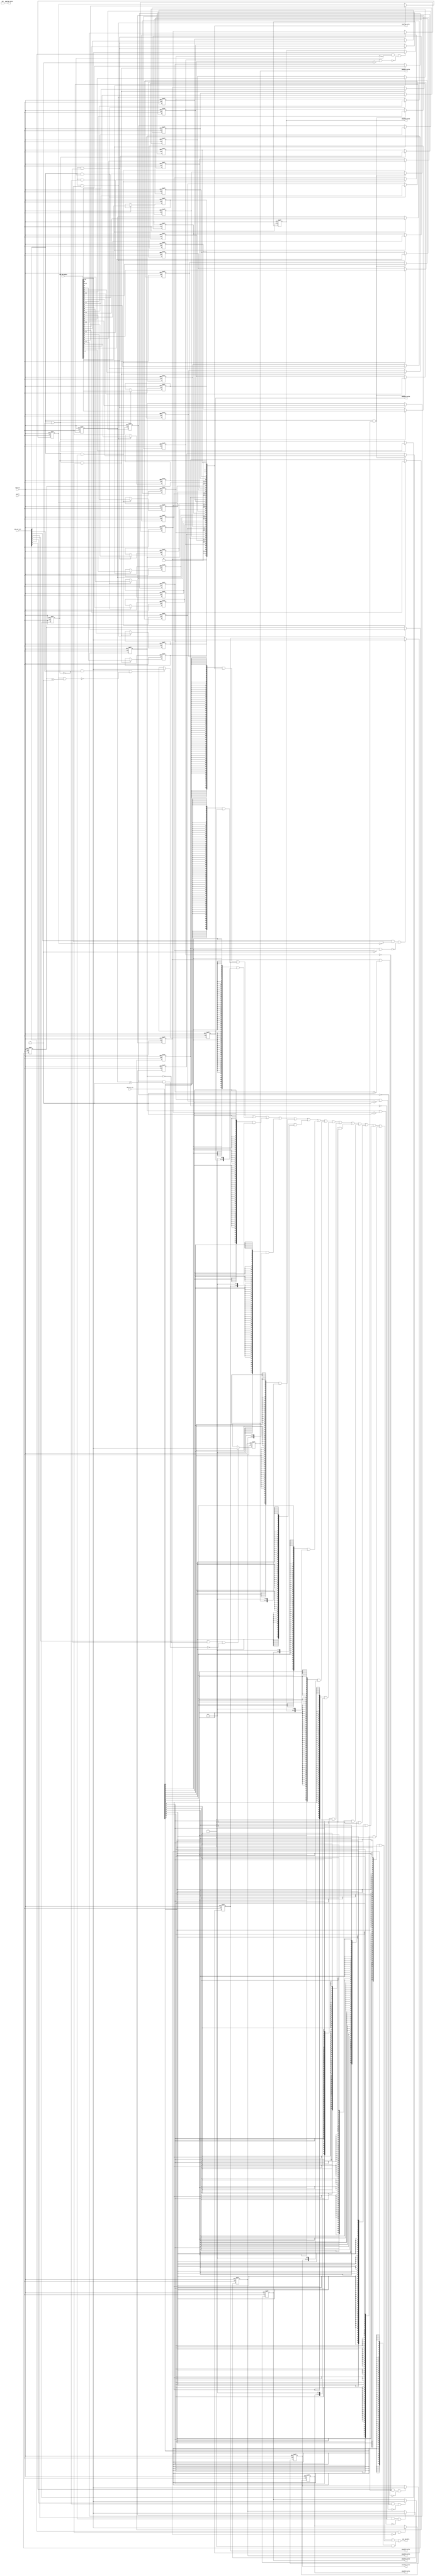
// This program was cloned from: https://github.com/T-head-Semi/openc910
// License: Apache License 2.0

/*Copyright 2019-2021 T-Head Semiconductor Co., Ltd.

Licensed under the Apache License, Version 2.0 (the "License");
you may not use this file except in compliance with the License.
You may obtain a copy of the License at

    http://www.apache.org/licenses/LICENSE-2.0

Unless required by applicable law or agreed to in writing, software
distributed under the License is distributed on an "AS IS" BASIS,
WITHOUT WARRANTIES OR CONDITIONS OF ANY KIND, either express or implied.
See the License for the specific language governing permissions and
limitations under the License.
*/
module ct_pmp_regs(
  cp0_pmp_wdata,
  cpuclk,
  cpurst_b,
  pmp_cp0_data,
  pmp_csr_sel,
  pmp_csr_wen,
  pmpaddr0_value,
  pmpaddr1_value,
  pmpaddr2_value,
  pmpaddr3_value,
  pmpaddr4_value,
  pmpaddr5_value,
  pmpaddr6_value,
  pmpaddr7_value,
  pmpcfg0_value,
  pmpcfg2_value
);

// &Ports; @24
input   [63:0]  cp0_pmp_wdata;      
input           cpuclk;             
input           cpurst_b;           
input   [17:0]  pmp_csr_sel;        
input   [17:0]  pmp_csr_wen;        
output  [63:0]  pmp_cp0_data;       
output  [28:0]  pmpaddr0_value;     
output  [28:0]  pmpaddr1_value;     
output  [28:0]  pmpaddr2_value;     
output  [28:0]  pmpaddr3_value;     
output  [28:0]  pmpaddr4_value;     
output  [28:0]  pmpaddr5_value;     
output  [28:0]  pmpaddr6_value;     
output  [28:0]  pmpaddr7_value;     
output  [63:0]  pmpcfg0_value;      
output  [63:0]  pmpcfg2_value;      

// &Regs; @25
reg     [1 :0]  pmp0cfg_addr_mode;  
reg             pmp0cfg_executeable; 
reg             pmp0cfg_lock;       
reg             pmp0cfg_readable;   
reg             pmp0cfg_writable;   
reg     [1 :0]  pmp1cfg_addr_mode;  
reg             pmp1cfg_executeable; 
reg             pmp1cfg_lock;       
reg             pmp1cfg_readable;   
reg             pmp1cfg_writable;   
reg     [1 :0]  pmp2cfg_addr_mode;  
reg             pmp2cfg_executeable; 
reg             pmp2cfg_lock;       
reg             pmp2cfg_readable;   
reg             pmp2cfg_writable;   
reg     [1 :0]  pmp3cfg_addr_mode;  
reg             pmp3cfg_executeable; 
reg             pmp3cfg_lock;       
reg             pmp3cfg_readable;   
reg             pmp3cfg_writable;   
reg     [1 :0]  pmp4cfg_addr_mode;  
reg             pmp4cfg_executeable; 
reg             pmp4cfg_lock;       
reg             pmp4cfg_readable;   
reg             pmp4cfg_writable;   
reg     [1 :0]  pmp5cfg_addr_mode;  
reg             pmp5cfg_executeable; 
reg             pmp5cfg_lock;       
reg             pmp5cfg_readable;   
reg             pmp5cfg_writable;   
reg     [1 :0]  pmp6cfg_addr_mode;  
reg             pmp6cfg_executeable; 
reg             pmp6cfg_lock;       
reg             pmp6cfg_readable;   
reg             pmp6cfg_writable;   
reg     [1 :0]  pmp7cfg_addr_mode;  
reg             pmp7cfg_executeable; 
reg             pmp7cfg_lock;       
reg             pmp7cfg_readable;   
reg             pmp7cfg_writable;   
reg     [28:0]  pmpaddr0_value;     
reg     [28:0]  pmpaddr1_value;     
reg     [28:0]  pmpaddr2_value;     
reg     [28:0]  pmpaddr3_value;     
reg     [28:0]  pmpaddr4_value;     
reg     [28:0]  pmpaddr5_value;     
reg     [28:0]  pmpaddr6_value;     
reg     [28:0]  pmpaddr7_value;     

// &Wires; @26
wire    [63:0]  cp0_pmp_wdata;      
wire            cpuclk;             
wire            cpurst_b;           
wire    [63:0]  pmp_cp0_data;       
wire    [17:0]  pmp_csr_sel;        
wire    [17:0]  pmp_csr_wen;        
wire            pmp_updt_pmp0cfg;   
wire            pmp_updt_pmp1cfg;   
wire            pmp_updt_pmp2cfg;   
wire            pmp_updt_pmp3cfg;   
wire            pmp_updt_pmp4cfg;   
wire            pmp_updt_pmp5cfg;   
wire            pmp_updt_pmp6cfg;   
wire            pmp_updt_pmp7cfg;   
wire            pmp_updt_pmpaddr0;  
wire            pmp_updt_pmpaddr1;  
wire            pmp_updt_pmpaddr2;  
wire            pmp_updt_pmpaddr3;  
wire            pmp_updt_pmpaddr4;  
wire            pmp_updt_pmpaddr5;  
wire            pmp_updt_pmpaddr6;  
wire            pmp_updt_pmpaddr7;  
wire    [28:0]  pmpaddr10_value;    
wire    [28:0]  pmpaddr11_value;    
wire    [28:0]  pmpaddr12_value;    
wire    [28:0]  pmpaddr13_value;    
wire    [28:0]  pmpaddr14_value;    
wire    [28:0]  pmpaddr15_value;    
wire    [28:0]  pmpaddr8_value;     
wire    [28:0]  pmpaddr9_value;     
wire    [63:0]  pmpcfg0_value;      
wire    [63:0]  pmpcfg2_value;      


parameter ADDR_WIDTH = 28+1;

// &Force("bus", "pmp_csr_wen", 17, 0); @30
//==========================================================
//                PMP Entry Configuration Register
//==========================================================
//------------------------------------------------
//pmpcfg0 register
//------------------------------------------------
assign pmp_updt_pmp0cfg = pmp_csr_wen[0] && !pmp0cfg_lock;
always @(posedge cpuclk or negedge cpurst_b)
begin
  if(!cpurst_b)
  begin
    pmp0cfg_readable       <= 1'b0;
    pmp0cfg_writable       <= 1'b0;
    pmp0cfg_executeable    <= 1'b0;
    pmp0cfg_addr_mode[1:0] <= 2'b0;
    pmp0cfg_lock           <= 1'b0;
  end
  else if(pmp_updt_pmp0cfg)
  begin
    pmp0cfg_readable       <= cp0_pmp_wdata[0];
    pmp0cfg_writable       <= cp0_pmp_wdata[1];
    pmp0cfg_executeable    <= cp0_pmp_wdata[2];
    pmp0cfg_addr_mode[1:0] <= cp0_pmp_wdata[4:3];
    pmp0cfg_lock           <= cp0_pmp_wdata[7];
  end
  else
  begin
    pmp0cfg_readable       <= pmp0cfg_readable;     
    pmp0cfg_writable       <= pmp0cfg_writable;     
    pmp0cfg_executeable    <= pmp0cfg_executeable;     
    pmp0cfg_addr_mode[1:0] <= pmp0cfg_addr_mode[1:0];
    pmp0cfg_lock           <= pmp0cfg_lock;     
  end
end

assign pmp_updt_pmp1cfg = pmp_csr_wen[0] && !pmp1cfg_lock;
always @(posedge cpuclk or negedge cpurst_b)
begin
  if(!cpurst_b)
  begin
    pmp1cfg_readable       <= 1'b0;
    pmp1cfg_writable       <= 1'b0;
    pmp1cfg_executeable    <= 1'b0;
    pmp1cfg_addr_mode[1:0] <= 2'b0;
    pmp1cfg_lock           <= 1'b0;
  end
  else if(pmp_updt_pmp1cfg)
  begin
    pmp1cfg_readable       <= cp0_pmp_wdata[8];
    pmp1cfg_writable       <= cp0_pmp_wdata[9];
    pmp1cfg_executeable    <= cp0_pmp_wdata[10];
    pmp1cfg_addr_mode[1:0] <= cp0_pmp_wdata[12:11];
    pmp1cfg_lock           <= cp0_pmp_wdata[15];
  end
  else
  begin
    pmp1cfg_readable       <= pmp1cfg_readable;     
    pmp1cfg_writable       <= pmp1cfg_writable;     
    pmp1cfg_executeable    <= pmp1cfg_executeable;     
    pmp1cfg_addr_mode[1:0] <= pmp1cfg_addr_mode[1:0];
    pmp1cfg_lock           <= pmp1cfg_lock;     
  end
end

assign pmp_updt_pmp2cfg = pmp_csr_wen[0] && !pmp2cfg_lock;
always @(posedge cpuclk or negedge cpurst_b)
begin
  if(!cpurst_b)
  begin
    pmp2cfg_readable       <= 1'b0;
    pmp2cfg_writable       <= 1'b0;
    pmp2cfg_executeable    <= 1'b0;
    pmp2cfg_addr_mode[1:0] <= 2'b0;
    pmp2cfg_lock           <= 1'b0;
  end
  else if(pmp_updt_pmp2cfg)
  begin
    pmp2cfg_readable       <= cp0_pmp_wdata[16];
    pmp2cfg_writable       <= cp0_pmp_wdata[17];
    pmp2cfg_executeable    <= cp0_pmp_wdata[18];
    pmp2cfg_addr_mode[1:0] <= cp0_pmp_wdata[20:19];
    pmp2cfg_lock           <= cp0_pmp_wdata[23];
  end
  else
  begin
    pmp2cfg_readable       <= pmp2cfg_readable;     
    pmp2cfg_writable       <= pmp2cfg_writable;     
    pmp2cfg_executeable    <= pmp2cfg_executeable;     
    pmp2cfg_addr_mode[1:0] <= pmp2cfg_addr_mode[1:0];
    pmp2cfg_lock           <= pmp2cfg_lock;     
  end
end

assign pmp_updt_pmp3cfg = pmp_csr_wen[0] && !pmp3cfg_lock;
always @(posedge cpuclk or negedge cpurst_b)
begin
  if(!cpurst_b)
  begin
    pmp3cfg_readable       <= 1'b0;
    pmp3cfg_writable       <= 1'b0;
    pmp3cfg_executeable    <= 1'b0;
    pmp3cfg_addr_mode[1:0] <= 2'b0;
    pmp3cfg_lock           <= 1'b0;
  end
  else if(pmp_updt_pmp3cfg)
  begin
    pmp3cfg_readable       <= cp0_pmp_wdata[24];
    pmp3cfg_writable       <= cp0_pmp_wdata[25];
    pmp3cfg_executeable    <= cp0_pmp_wdata[26];
    pmp3cfg_addr_mode[1:0] <= cp0_pmp_wdata[28:27];
    pmp3cfg_lock           <= cp0_pmp_wdata[31];
  end
  else
  begin
    pmp3cfg_readable       <= pmp3cfg_readable;     
    pmp3cfg_writable       <= pmp3cfg_writable;     
    pmp3cfg_executeable    <= pmp3cfg_executeable;     
    pmp3cfg_addr_mode[1:0] <= pmp3cfg_addr_mode[1:0];
    pmp3cfg_lock           <= pmp3cfg_lock;     
  end
end

assign pmp_updt_pmp4cfg = pmp_csr_wen[0] && !pmp4cfg_lock;
always @(posedge cpuclk or negedge cpurst_b)
begin
  if(!cpurst_b)
  begin
    pmp4cfg_readable       <= 1'b0;
    pmp4cfg_writable       <= 1'b0;
    pmp4cfg_executeable    <= 1'b0;
    pmp4cfg_addr_mode[1:0] <= 2'b0;
    pmp4cfg_lock           <= 1'b0;
  end
  else if(pmp_updt_pmp4cfg)
  begin
    pmp4cfg_readable        <= cp0_pmp_wdata[32];
    pmp4cfg_writable        <= cp0_pmp_wdata[33];
    pmp4cfg_executeable     <= cp0_pmp_wdata[34];
    pmp4cfg_addr_mode[1:0]  <= cp0_pmp_wdata[36:35];
    pmp4cfg_lock            <= cp0_pmp_wdata[39];
  end
  else
  begin
    pmp4cfg_readable       <= pmp4cfg_readable;     
    pmp4cfg_writable       <= pmp4cfg_writable;     
    pmp4cfg_executeable    <= pmp4cfg_executeable;     
    pmp4cfg_addr_mode[1:0] <= pmp4cfg_addr_mode[1:0];
    pmp4cfg_lock           <= pmp4cfg_lock;     
  end
end

assign pmp_updt_pmp5cfg = pmp_csr_wen[0] && !pmp5cfg_lock;
always @(posedge cpuclk or negedge cpurst_b)
begin
  if(!cpurst_b)
  begin
    pmp5cfg_readable       <= 1'b0;
    pmp5cfg_writable       <= 1'b0;
    pmp5cfg_executeable    <= 1'b0;
    pmp5cfg_addr_mode[1:0] <= 2'b0;
    pmp5cfg_lock           <= 1'b0;
  end
  else if(pmp_updt_pmp5cfg)
  begin
    pmp5cfg_readable       <= cp0_pmp_wdata[40];
    pmp5cfg_writable       <= cp0_pmp_wdata[41];
    pmp5cfg_executeable    <= cp0_pmp_wdata[42];
    pmp5cfg_addr_mode[1:0] <= cp0_pmp_wdata[44:43];
    pmp5cfg_lock           <= cp0_pmp_wdata[47];
  end
  else
  begin
    pmp5cfg_readable       <= pmp5cfg_readable;     
    pmp5cfg_writable       <= pmp5cfg_writable;     
    pmp5cfg_executeable    <= pmp5cfg_executeable;     
    pmp5cfg_addr_mode[1:0] <= pmp5cfg_addr_mode[1:0];
    pmp5cfg_lock           <= pmp5cfg_lock;     
  end
end

assign pmp_updt_pmp6cfg = pmp_csr_wen[0] && !pmp6cfg_lock;
always @(posedge cpuclk or negedge cpurst_b)
begin
  if(!cpurst_b)
  begin
    pmp6cfg_readable       <= 1'b0;
    pmp6cfg_writable       <= 1'b0;
    pmp6cfg_executeable    <= 1'b0;
    pmp6cfg_addr_mode[1:0] <= 2'b0;
    pmp6cfg_lock           <= 1'b0;
  end
  else if(pmp_updt_pmp6cfg)
  begin
    pmp6cfg_readable       <= cp0_pmp_wdata[48];
    pmp6cfg_writable       <= cp0_pmp_wdata[49];
    pmp6cfg_executeable    <= cp0_pmp_wdata[50];
    pmp6cfg_addr_mode[1:0] <= cp0_pmp_wdata[52:51];
    pmp6cfg_lock           <= cp0_pmp_wdata[55];
  end
  else
  begin
    pmp6cfg_readable       <= pmp6cfg_readable;     
    pmp6cfg_writable       <= pmp6cfg_writable;     
    pmp6cfg_executeable    <= pmp6cfg_executeable;     
    pmp6cfg_addr_mode[1:0] <= pmp6cfg_addr_mode[1:0];
    pmp6cfg_lock           <= pmp6cfg_lock;     
  end
end

assign pmp_updt_pmp7cfg = pmp_csr_wen[0] && !pmp7cfg_lock;
always @(posedge cpuclk or negedge cpurst_b)
begin
  if(!cpurst_b)
  begin
    pmp7cfg_readable       <= 1'b0;
    pmp7cfg_writable       <= 1'b0;
    pmp7cfg_executeable    <= 1'b0;
    pmp7cfg_addr_mode[1:0] <= 2'b0;
    pmp7cfg_lock           <= 1'b0;
  end
  else if(pmp_updt_pmp7cfg)
  begin
    pmp7cfg_readable       <= cp0_pmp_wdata[56];
    pmp7cfg_writable       <= cp0_pmp_wdata[57];
    pmp7cfg_executeable    <= cp0_pmp_wdata[58];
    pmp7cfg_addr_mode[1:0] <= cp0_pmp_wdata[60:59];
    pmp7cfg_lock           <= cp0_pmp_wdata[63];
  end
  else
  begin
    pmp7cfg_readable       <= pmp7cfg_readable;     
    pmp7cfg_writable       <= pmp7cfg_writable;     
    pmp7cfg_executeable    <= pmp7cfg_executeable;     
    pmp7cfg_addr_mode[1:0] <= pmp7cfg_addr_mode[1:0];
    pmp7cfg_lock           <= pmp7cfg_lock;     
  end
end

//------------------------------------------------
//pmpcfg1 register
//------------------------------------------------

// &Force("output","pmpcfg0_value"); @506
// &Force("output","pmpcfg2_value"); @507
assign pmpcfg0_value[31:0] = {pmp3cfg_lock,2'b0,pmp3cfg_addr_mode[1:0],pmp3cfg_executeable,pmp3cfg_writable,pmp3cfg_readable,
                              pmp2cfg_lock,2'b0,pmp2cfg_addr_mode[1:0],pmp2cfg_executeable,pmp2cfg_writable,pmp2cfg_readable,
                              pmp1cfg_lock,2'b0,pmp1cfg_addr_mode[1:0],pmp1cfg_executeable,pmp1cfg_writable,pmp1cfg_readable,
                              pmp0cfg_lock,2'b0,pmp0cfg_addr_mode[1:0],pmp0cfg_executeable,pmp0cfg_writable,pmp0cfg_readable};
assign pmpcfg0_value[63:32] = {pmp7cfg_lock,2'b0,pmp7cfg_addr_mode[1:0],pmp7cfg_executeable,pmp7cfg_writable,pmp7cfg_readable,
                              pmp6cfg_lock,2'b0,pmp6cfg_addr_mode[1:0],pmp6cfg_executeable,pmp6cfg_writable,pmp6cfg_readable,
                              pmp5cfg_lock,2'b0,pmp5cfg_addr_mode[1:0],pmp5cfg_executeable,pmp5cfg_writable,pmp5cfg_readable,
                              pmp4cfg_lock,2'b0,pmp4cfg_addr_mode[1:0],pmp4cfg_executeable,pmp4cfg_writable,pmp4cfg_readable};

assign pmpcfg2_value[63:0] = 64'b0;


//==========================================================
//                PMP Entry Address Register
//==========================================================
//------------------------------------------------
//pmpaddr0 register
//------------------------------------------------
assign pmp_updt_pmpaddr0 = pmp_csr_wen[2] && !pmpcfg0_value[7] && !(pmpcfg0_value[15] && (pmpcfg0_value[12:11] == 2'b01)) ;
always @(posedge cpuclk or negedge cpurst_b)
begin
  if(!cpurst_b)
    pmpaddr0_value[ADDR_WIDTH-1:0] <= {ADDR_WIDTH{1'b0}};
  else if(pmp_updt_pmpaddr0)
    pmpaddr0_value[ADDR_WIDTH-1:0] <= cp0_pmp_wdata[ADDR_WIDTH+8:9];
  else
    pmpaddr0_value[ADDR_WIDTH-1:0] <= pmpaddr0_value[ADDR_WIDTH-1:0];
end
// &Force("output","pmpaddr0_value"); @547

assign pmp_updt_pmpaddr1 = pmp_csr_wen[3] && !pmpcfg0_value[15] && !(pmpcfg0_value[23] && (pmpcfg0_value[20:19] == 2'b01));
always @(posedge cpuclk or negedge cpurst_b)
begin
  if(!cpurst_b)
    pmpaddr1_value[ADDR_WIDTH-1:0] <= {ADDR_WIDTH{1'b0}};
  else if(pmp_updt_pmpaddr1)
    pmpaddr1_value[ADDR_WIDTH-1:0] <= cp0_pmp_wdata[ADDR_WIDTH+8:9];
  else
    pmpaddr1_value[ADDR_WIDTH-1:0] <= pmpaddr1_value[ADDR_WIDTH-1:0];
end
// &Force("output","pmpaddr1_value"); @559

assign pmp_updt_pmpaddr2 = pmp_csr_wen[4] && !pmpcfg0_value[23] && !(pmpcfg0_value[31] && (pmpcfg0_value[28:27] == 2'b01));
always @(posedge cpuclk or negedge cpurst_b)
begin
  if(!cpurst_b)
    pmpaddr2_value[ADDR_WIDTH-1:0] <= {ADDR_WIDTH{1'b0}};
  else if(pmp_updt_pmpaddr2)
    pmpaddr2_value[ADDR_WIDTH-1:0] <= cp0_pmp_wdata[ADDR_WIDTH+8:9];
  else
    pmpaddr2_value[ADDR_WIDTH-1:0] <= pmpaddr2_value[ADDR_WIDTH-1:0];
end
// &Force("output","pmpaddr2_value"); @571

assign pmp_updt_pmpaddr3 = pmp_csr_wen[5] && !pmpcfg0_value[31] && !(pmpcfg0_value[39] && (pmpcfg0_value[36:35] == 2'b01));
always @(posedge cpuclk or negedge cpurst_b)
begin
  if(!cpurst_b)
    pmpaddr3_value[ADDR_WIDTH-1:0] <= {ADDR_WIDTH{1'b0}};
  else if(pmp_updt_pmpaddr3)
    pmpaddr3_value[ADDR_WIDTH-1:0] <= cp0_pmp_wdata[ADDR_WIDTH+8:9];
  else
    pmpaddr3_value[ADDR_WIDTH-1:0] <= pmpaddr3_value[ADDR_WIDTH-1:0];
end
// &Force("output","pmpaddr3_value"); @583

assign pmp_updt_pmpaddr4 = pmp_csr_wen[6] && !pmpcfg0_value[39] && !(pmpcfg0_value[47] && (pmpcfg0_value[44:43] == 2'b01));
always @(posedge cpuclk or negedge cpurst_b)
begin
  if(!cpurst_b)
    pmpaddr4_value[ADDR_WIDTH-1:0] <= {ADDR_WIDTH{1'b0}};
  else if(pmp_updt_pmpaddr4)
    pmpaddr4_value[ADDR_WIDTH-1:0] <= cp0_pmp_wdata[ADDR_WIDTH+8:9];
  else
    pmpaddr4_value[ADDR_WIDTH-1:0] <= pmpaddr4_value[ADDR_WIDTH-1:0];
end
// &Force("output","pmpaddr4_value"); @595

assign pmp_updt_pmpaddr5 = pmp_csr_wen[7] && !pmpcfg0_value[47] && !(pmpcfg0_value[55] && (pmpcfg0_value[52:51] == 2'b01));
always @(posedge cpuclk or negedge cpurst_b)
begin
  if(!cpurst_b)
    pmpaddr5_value[ADDR_WIDTH-1:0] <= {ADDR_WIDTH{1'b0}};
  else if(pmp_updt_pmpaddr5)
    pmpaddr5_value[ADDR_WIDTH-1:0] <= cp0_pmp_wdata[ADDR_WIDTH+8:9];
  else
    pmpaddr5_value[ADDR_WIDTH-1:0] <= pmpaddr5_value[ADDR_WIDTH-1:0];
end
// &Force("output","pmpaddr5_value"); @607

assign pmp_updt_pmpaddr6 = pmp_csr_wen[8] && !pmpcfg0_value[55] && !(pmpcfg0_value[63] && (pmpcfg0_value[60:59] == 2'b01));
always @(posedge cpuclk or negedge cpurst_b)
begin
  if(!cpurst_b)
    pmpaddr6_value[ADDR_WIDTH-1:0] <= {ADDR_WIDTH{1'b0}};
  else if(pmp_updt_pmpaddr6)
    pmpaddr6_value[ADDR_WIDTH-1:0] <= cp0_pmp_wdata[ADDR_WIDTH+8:9];
  else
    pmpaddr6_value[ADDR_WIDTH-1:0] <= pmpaddr6_value[ADDR_WIDTH-1:0];
end
// &Force("output","pmpaddr6_value"); @619

assign pmp_updt_pmpaddr7 = pmp_csr_wen[9] && !pmpcfg0_value[63] && !(pmpcfg2_value[7] && (pmpcfg2_value[4:3] == 2'b01));
always @(posedge cpuclk or negedge cpurst_b)
begin
  if(!cpurst_b)
    pmpaddr7_value[ADDR_WIDTH-1:0] <= {ADDR_WIDTH{1'b0}};
  else if(pmp_updt_pmpaddr7)
    pmpaddr7_value[ADDR_WIDTH-1:0] <= cp0_pmp_wdata[ADDR_WIDTH+8:9];
  else
    pmpaddr7_value[ADDR_WIDTH-1:0] <= pmpaddr7_value[ADDR_WIDTH-1:0];
end
// &Force("output","pmpaddr7_value"); @631

assign pmpaddr8_value[ADDR_WIDTH-1:0]  = {ADDR_WIDTH{1'b0}};
assign pmpaddr9_value[ADDR_WIDTH-1:0]  = {ADDR_WIDTH{1'b0}};
assign pmpaddr10_value[ADDR_WIDTH-1:0] = {ADDR_WIDTH{1'b0}};
assign pmpaddr11_value[ADDR_WIDTH-1:0] = {ADDR_WIDTH{1'b0}};
assign pmpaddr12_value[ADDR_WIDTH-1:0] = {ADDR_WIDTH{1'b0}};
assign pmpaddr13_value[ADDR_WIDTH-1:0] = {ADDR_WIDTH{1'b0}};
assign pmpaddr14_value[ADDR_WIDTH-1:0] = {ADDR_WIDTH{1'b0}};
assign pmpaddr15_value[ADDR_WIDTH-1:0] = {ADDR_WIDTH{1'b0}};

// &Force("output","pmpaddr8_value"); @655
// &Force("output","pmpaddr9_value"); @667
// &Force("output","pmpaddr10_value"); @679
// &Force("output","pmpaddr11_value"); @691
// &Force("output","pmpaddr12_value"); @703
// &Force("output","pmpaddr13_value"); @715
// &Force("output","pmpaddr14_value"); @727
// &Force("output","pmpaddr15_value"); @739


//----------------------------------------------------------
//  Interface to CP0
//----------------------------------------------------------
assign pmp_cp0_data[63:0]  = {64{pmp_csr_sel[0]}}  & pmpcfg0_value[63:0] 
                           | {64{pmp_csr_sel[1]}}  & pmpcfg2_value[63:0]
                           | {64{pmp_csr_sel[2]}}  & {{(64-ADDR_WIDTH-9){1'b0}}, pmpaddr0_value[ADDR_WIDTH-1:0],  9'b0}
                           | {64{pmp_csr_sel[3]}}  & {{(64-ADDR_WIDTH-9){1'b0}}, pmpaddr1_value[ADDR_WIDTH-1:0],  9'b0}
                           | {64{pmp_csr_sel[4]}}  & {{(64-ADDR_WIDTH-9){1'b0}}, pmpaddr2_value[ADDR_WIDTH-1:0],  9'b0}
                           | {64{pmp_csr_sel[5]}}  & {{(64-ADDR_WIDTH-9){1'b0}}, pmpaddr3_value[ADDR_WIDTH-1:0],  9'b0}
                           | {64{pmp_csr_sel[6]}}  & {{(64-ADDR_WIDTH-9){1'b0}}, pmpaddr4_value[ADDR_WIDTH-1:0],  9'b0}
                           | {64{pmp_csr_sel[7]}}  & {{(64-ADDR_WIDTH-9){1'b0}}, pmpaddr5_value[ADDR_WIDTH-1:0],  9'b0}
                           | {64{pmp_csr_sel[8]}}  & {{(64-ADDR_WIDTH-9){1'b0}}, pmpaddr6_value[ADDR_WIDTH-1:0],  9'b0}
                           | {64{pmp_csr_sel[9]}}  & {{(64-ADDR_WIDTH-9){1'b0}}, pmpaddr7_value[ADDR_WIDTH-1:0],  9'b0}
                           | {64{pmp_csr_sel[10]}} & {{(64-ADDR_WIDTH-9){1'b0}}, pmpaddr8_value[ADDR_WIDTH-1:0],  9'b0}
                           | {64{pmp_csr_sel[11]}} & {{(64-ADDR_WIDTH-9){1'b0}}, pmpaddr9_value[ADDR_WIDTH-1:0],  9'b0}
                           | {64{pmp_csr_sel[12]}} & {{(64-ADDR_WIDTH-9){1'b0}}, pmpaddr10_value[ADDR_WIDTH-1:0], 9'b0}
                           | {64{pmp_csr_sel[13]}} & {{(64-ADDR_WIDTH-9){1'b0}}, pmpaddr11_value[ADDR_WIDTH-1:0], 9'b0}
                           | {64{pmp_csr_sel[14]}} & {{(64-ADDR_WIDTH-9){1'b0}}, pmpaddr12_value[ADDR_WIDTH-1:0], 9'b0}
                           | {64{pmp_csr_sel[15]}} & {{(64-ADDR_WIDTH-9){1'b0}}, pmpaddr13_value[ADDR_WIDTH-1:0], 9'b0}
                           | {64{pmp_csr_sel[16]}} & {{(64-ADDR_WIDTH-9){1'b0}}, pmpaddr14_value[ADDR_WIDTH-1:0], 9'b0}
                           | {64{pmp_csr_sel[17]}} & {{(64-ADDR_WIDTH-9){1'b0}}, pmpaddr15_value[ADDR_WIDTH-1:0], 9'b0};

// &ModuleEnd; @765
endmodule